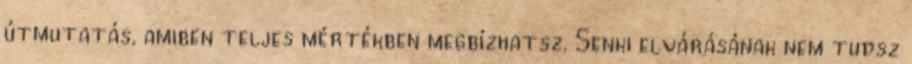
útmutatás, amiben teljes mértékben megbízhatsz. Senki elvárásának nem tudsz